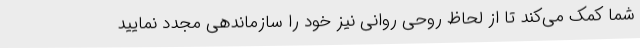
شما کمک می‌کند تا از لحاظ روحی روانی نیز خود را سازماندهی مجدد نمایید